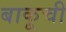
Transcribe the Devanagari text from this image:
बाकूची